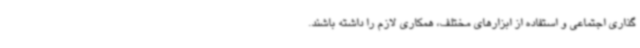
گذاری اجتماعی و استفاده از ابزارهای مختلف، همکاری لازم را داشته باشند.